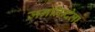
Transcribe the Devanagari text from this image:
जननिन्देला